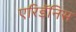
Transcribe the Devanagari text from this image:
एरिडॅनिस